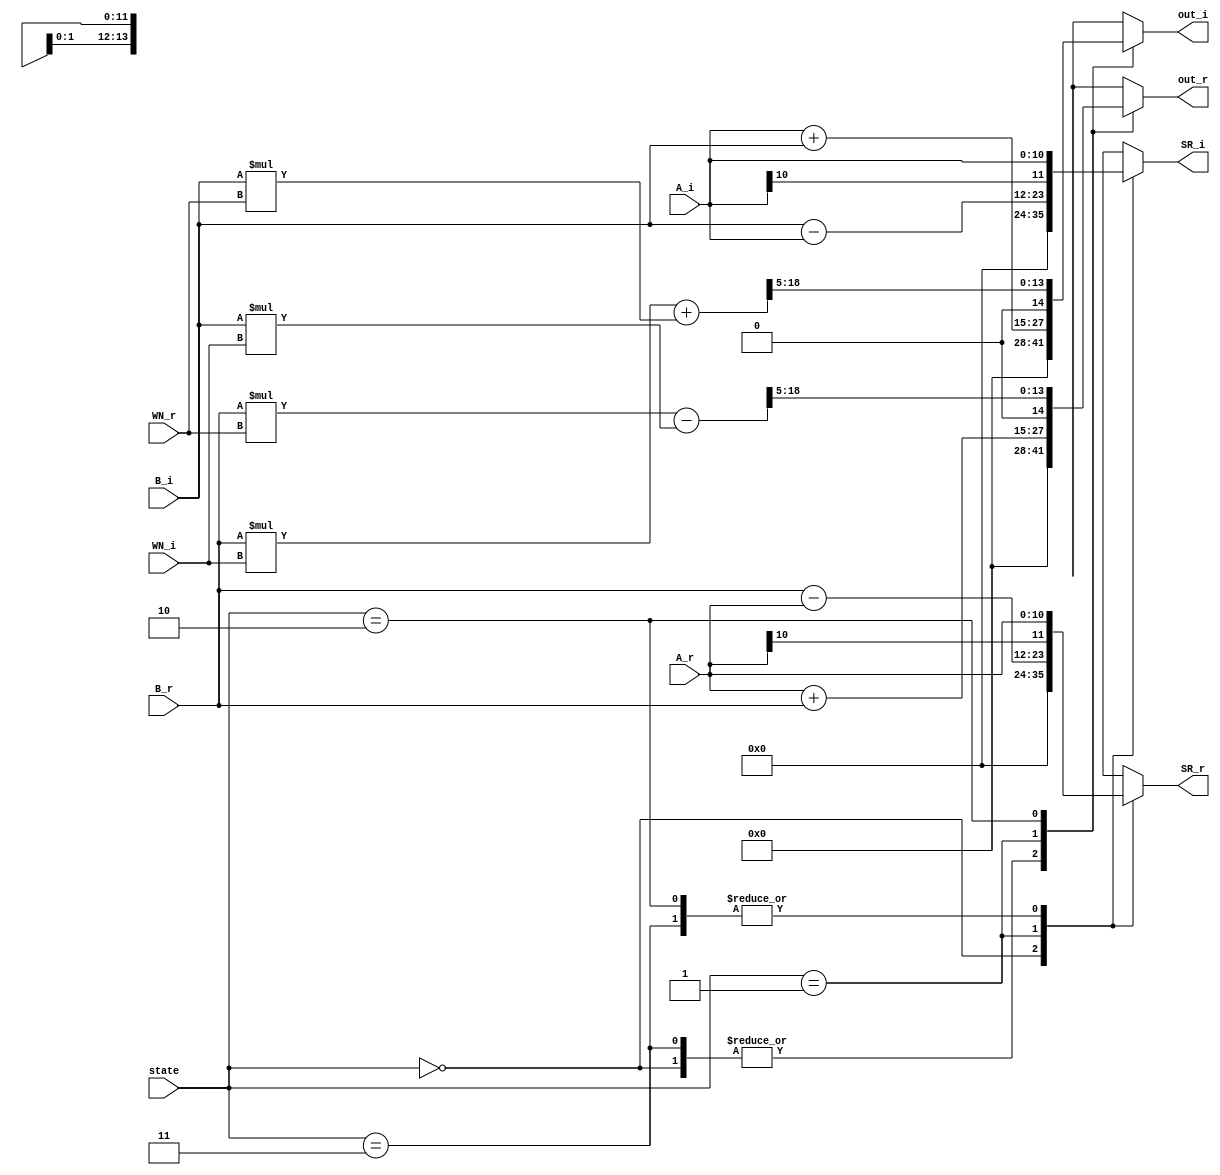
// ====================================================================
// Module: BUTTERFLY_R2_1                                                 
// 
// This is Butterfly-unit for doing radix2-FFT. where B is connected
// to the output of the shift-register (single path delay) and that A 
// is connected to the data input. 
// 
// Note: Only contain the combinational part, so the next stage should
// add the flipflop to its input to ensure the existence of full 
// access time
// 
// A             : 5-bit  integer, 6-bit fractional
// B, SR         : 6-bit  integer, 6-bit fractional (extension)
// WN            : 2-bit  integer, 6-bit fractional
// out           : 7-bit  integer, 7-bit fractional 
// ===================================================================
module BUTTERFLY_R2_1(
    input [1:0]                 state,
    input signed [10:0]          A_r,
    input signed [10:0]          A_i,
    input signed [11:0]          B_r,
    input signed [11:0]          B_i,
    input signed [7:0]          WN_r,
    input signed [7:0]          WN_i,
    
    output reg signed [13:0]    out_r,
    output reg signed [13:0]    out_i,
    output reg signed [11:0]     SR_r,
    output reg signed [11:0]     SR_i
);
    // state parameter
    parameter IDLE      = 2'b00;
    parameter FIRST     = 2'b01;
    parameter SECOND    = 2'b10;
    parameter WAITING   = 2'b11;
    
    // Wire-Reg declaration
    wire signed [19:0] mul13, mul24, mul14, mul23;
    wire signed [20:0] tempA, tempB;
    wire signed [11:0] A_ext_r, A_ext_i;
    wire signed [12:0] ApB_r, ApB_i;
    wire signed [12:0] AmB_r, AmB_i;

    // Combinational part
    assign A_ext_r = {A_r[10], A_r};
    assign A_ext_i = {A_i[10], A_i};
    assign ApB_r = A_ext_r + B_r;
    assign ApB_i = A_ext_i + B_i;
    assign AmB_r = B_r - A_ext_r;
    assign AmB_i = B_i - A_ext_i;
    
    assign mul13 = B_r * WN_r;
    assign mul24 = B_i * WN_i;
    assign mul14 = B_r * WN_i;
    assign mul23 = B_i * WN_r;
    
    assign tempA = mul13 - mul24;
    assign tempB = mul14 + mul23;
    
    always@(*) begin
        case(state)          
            IDLE: begin
                out_r = 0;
                out_i = 0;
                SR_r = 0;
                SR_i = 0;
            end

            // In waiting state, we directly let A delay for N/2 cycle.
            WAITING: begin
                out_r = 0;
                out_i = 0;
                SR_r = A_ext_r;
                SR_i = A_ext_i;
            end
            
            // In first state, add the delayed-data with input data and output it (g)
            // Also, subtract the delayed-data from input data and 
            // let it delay for N/2 cycle (send it to shift register)
            FIRST: begin
                out_r = {ApB_r[12:0], 1'b0};
                out_i = {ApB_i[12:0], 1'b0};
                SR_r = AmB_r[11:0]; // B:from delay, A: from input
                SR_i = AmB_i[11:0];
            end

            // In second state, multiply delayed-data (h1~hN) with corresponding W (
            // W^0~W^(N-1)/2 and output it
            SECOND: begin
                out_r = {tempA[18:5]};
                out_i = {tempB[18:5]};
                SR_r = A_ext_r;
                SR_i = A_ext_i;
            end
            
            default: begin
                out_r = 0;
                out_i = 0;
                SR_r = 0;
                SR_i = 0;
            end

        endcase
    end

endmodule